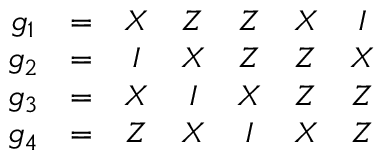
\begin{array} { c c c c c c c } { g _ { 1 } } & { = } & { X } & { Z } & { Z } & { X } & { I } \\ { g _ { 2 } } & { = } & { I } & { X } & { Z } & { Z } & { X } \\ { g _ { 3 } } & { = } & { X } & { I } & { X } & { Z } & { Z } \\ { g _ { 4 } } & { = } & { Z } & { X } & { I } & { X } & { Z } \end{array}